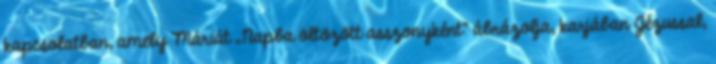
kapcsolatban, amely Máriát „Napba öltözött asszonyként” ábrázolja, karjában Jézussal,